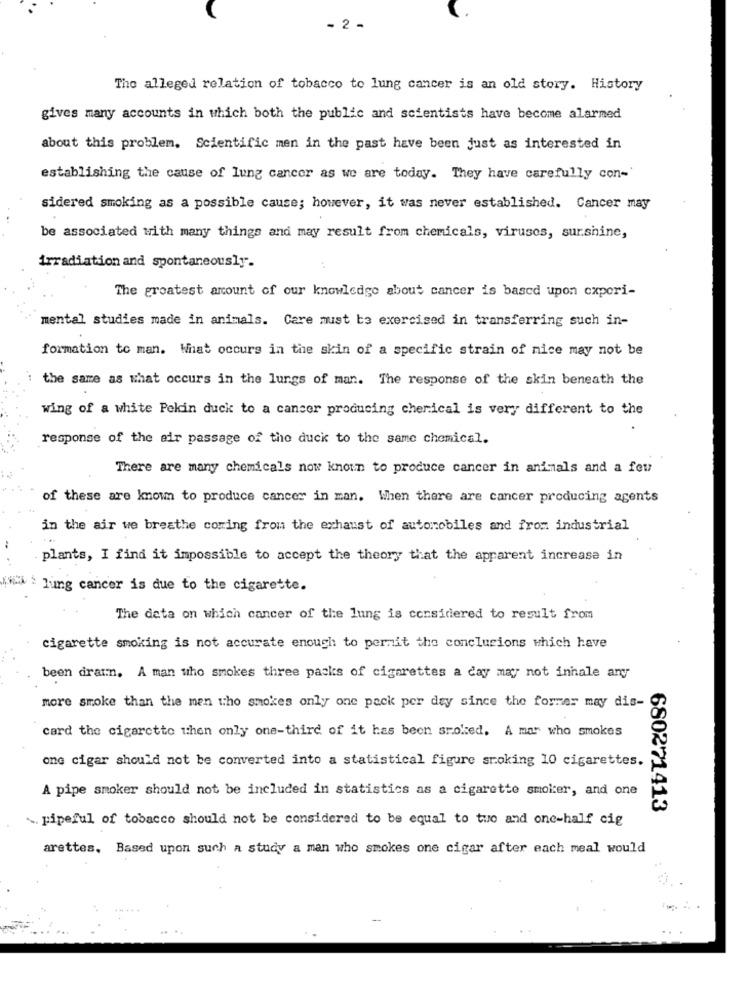
- 2 -
The alleged relation of tobacco to lung cancer is an old story. History
gives many accounts in which both the public and scientists have become alarmed
about this problem. Scientific men in the past have been just as interested in
establishing the cause of lung cancer as we are today. They have carefully con-
sidered smoking as a possible cause; however, it was never established. Cancer may
be associated with many things and may result from chemicals, viruses, surshine,
irradiation and spontaneously.
The greatest amount of our knowledge about cancer is based upon experi-
mental studies made in animals. Care must be exercised in transferring such in-
formation to man. What occurs in the skin of a specific strain of nice may not be
the same as what occurs in the lungs of man. The response of the skin beneath the
wing of a white Pekin duck to a cancer producing chemical is very different to the
response of the air passage of the duck to the same chemical.
There are many chemicals now known to produce cancer in animals and a few
of these are known to produce cancer in man. When there are cancer producing agents
in the air we breathe coming from the exhaust of automobiles and from industrial
plants, I find it impossible to accept the theory that the apparent increase in
lung cancer is due to the cigarette.
The data on which cancer of the lung is considered to result from
cigarette smoking is not accurate enough to pernit the conclusions which have
been drain, A man who smokes three packs of cigarettes a day may not inhale any
more smoke than the men who smokes only one pack per day since the former may dis-
card the cigarette then only one-third of it has been sroked. A mar who smokes
one cigar should not be converted into a statistical figure smoking 10 cigarettes.
A pipe smoker should not be included in statistics as a cigarette smoker, and one
680271413
. pipeful of tobacco should not be considered to be equal to two and one-half cig
arettes. Based upon such a study a man who smokes one cigar after each meal would